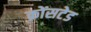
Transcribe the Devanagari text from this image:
क्रोंसटेड